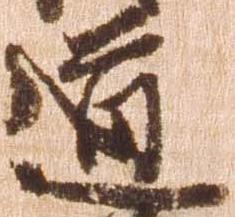
道